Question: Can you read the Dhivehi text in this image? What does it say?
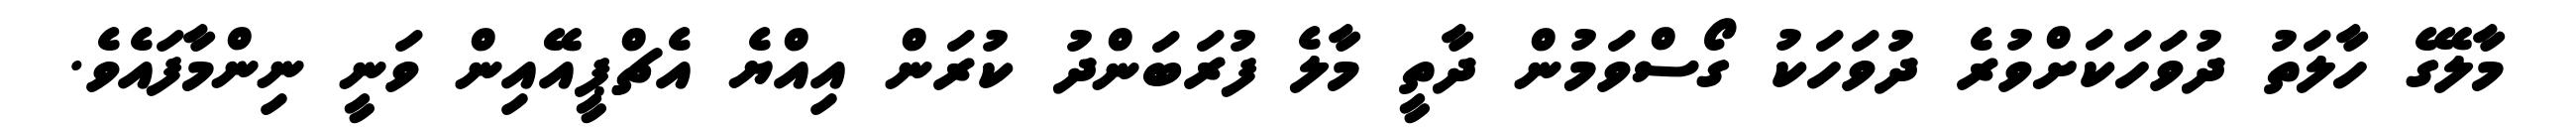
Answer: މާލޭގެ ހާލަތު ދުވަހަކަށްވުރެ ދުވަހަކު ގޯސްވަމުން ދާތީ މާލެ ފުރަބަންދު ކުރަން އިއްޔެ އެޗްޕީއޭއިން ވަނީ ނިންމާފައެވެ.